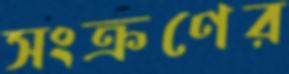
সংক্রণের